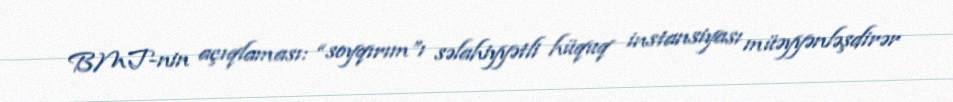
BMT-nin açıqlaması: “soyqırım”ı səlahiyyətli hüquq instansiyası müəyyənləşdirər